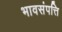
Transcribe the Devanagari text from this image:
भावसंपत्ति